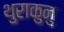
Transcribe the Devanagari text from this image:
थुराकुनु